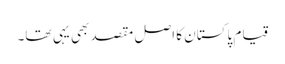
قیام پاکستان کا اصل مقصد بھی یہی تھا۔